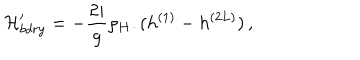
LaTeX: { \cal H } _ { b d r y } ^ { \prime } = - \frac { 2 i } { g } \rho _ { H } . ( h ^ { ( 1 ) } - h ^ { ( 2 L ) } ) \, ,